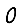
Digit: 0